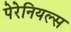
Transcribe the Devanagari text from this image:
पेरेनियल्स